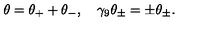
\theta = \theta _ { + } + \theta _ { - } , \quad \gamma _ { 9 } \theta _ { \pm } = \pm \theta _ { \pm } .